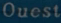
Quest